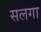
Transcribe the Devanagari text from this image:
सलगा